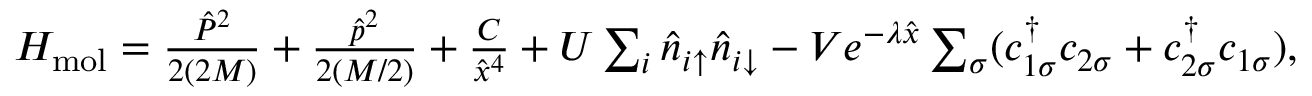
\begin{array} { r } { H _ { \mathrm { m o l } } = \frac { \hat { P } ^ { 2 } } { 2 ( 2 M ) } + \frac { \hat { p } ^ { 2 } } { 2 ( M / 2 ) } + \frac { C } { \hat { x } ^ { 4 } } + U \sum _ { i } \hat { n } _ { i \uparrow } \hat { n } _ { i \downarrow } - V e ^ { - \lambda \hat { x } } \sum _ { \sigma } ( c _ { 1 \sigma } ^ { \dagger } c _ { 2 \sigma } + c _ { 2 \sigma } ^ { \dagger } c _ { 1 \sigma } ) , } \end{array}